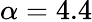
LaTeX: \alpha=4.4